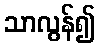
သာလွန်၍